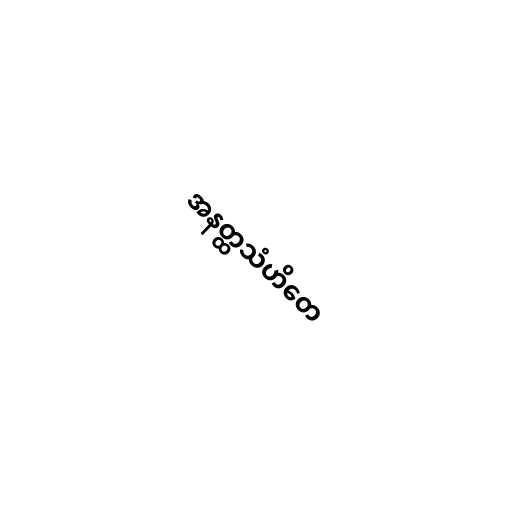
အနတ္ထသံဟိတေ